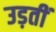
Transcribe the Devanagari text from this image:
उड़तीं